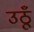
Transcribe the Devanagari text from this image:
उठूँ